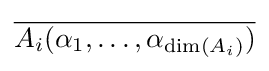
{\overline {A_{i}(\alpha _{1},\ldots ,\alpha _{\dim(A_{i})})}}